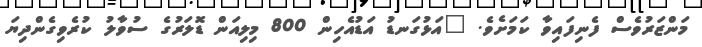
މަންޒަރުވެސް ފެނިފައިވާ ކަމަށެވެ. "އަޅުގަނޑު އަޑުއެހިން 800 މިލިއަން ޑޮލަރުގެ ސުވާލު ކުރެވިގެންދިޔަ